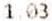
1.03